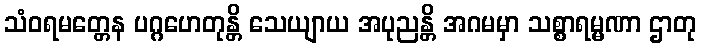
သံဝရမတ္တေန ပဂ္ဂဟေတုန္တိ သေယျာယ အပုညန္တိ အဂမမှာ သစ္စာရမ္မဏာ ဌာတု